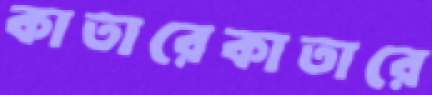
কাতারেকাতারে